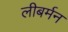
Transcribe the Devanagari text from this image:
लीबर्मन